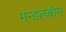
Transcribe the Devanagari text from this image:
मन्डलबॉम